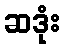
ဆဒုံး